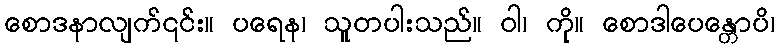
စောဒနာလျက်၎င်း။ ပရေန၊ သူတပါးသည်။ ဝါ၊ ကို။ စောဒါပေန္တောပိ၊